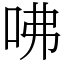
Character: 咈